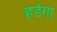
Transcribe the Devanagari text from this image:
हडेंगा